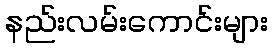
နည်းလမ်းကောင်းများ